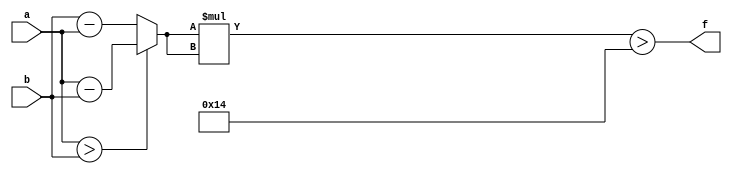
module maxse_mit(a, b, f);
parameter _bit = 8;
parameter maxse = 20;
input [_bit - 1: 0] a;
input [_bit - 1: 0] b;
output f;
wire [_bit - 1: 0] diff;
wire [_bit * 2 - 1: 0] se;
assign diff = (a > b)? (a - b): (b - a);
assign se = diff * diff;
assign f = (se > maxse);
endmodule